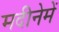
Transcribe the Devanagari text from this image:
मदीनेमें